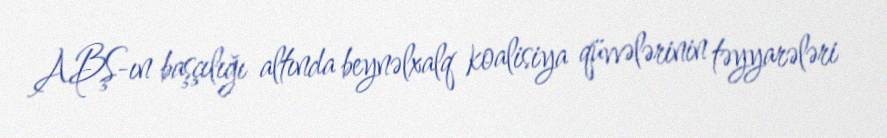
ABŞ-ın başçılığı altında beynəlxalq koalisiya qüvvələrinin təyyarələri